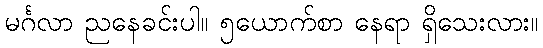
မင်္ဂလာ ညနေခင်းပါ။ ၅ယောက်စာ နေရာ ရှိသေးလား။